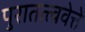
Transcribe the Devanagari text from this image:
पुरातत्त्ववेत्ते